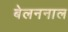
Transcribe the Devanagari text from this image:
बेलननाल